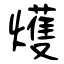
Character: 𤐰